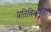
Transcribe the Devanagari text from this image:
प्रतिविभाजित